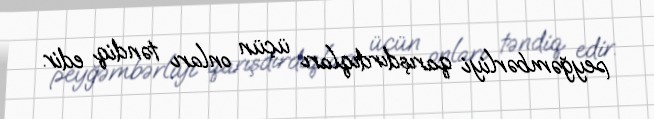
peyğəmbərliyi qarışdırdıqları üçün onları təndiq edir.